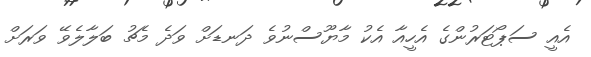
އެއީ ސަޕޯޓަރުންގެ އެހީއާ އެކު މާޔޫސްނުވެ ދަނޑަށް ވަދެ މެޗު ބަލާލެވޭ ވަރަށް